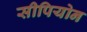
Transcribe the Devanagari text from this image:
सीपियोन